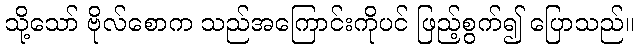
သို့သော် ဗိုလ်စောက သည်အကြောင်းကိုပင် ဖြည့်စွက်၍ ပြောသည်။